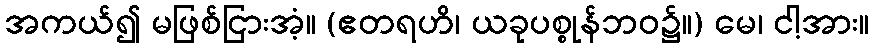
အကယ်၍ မဖြစ်ငြားအံ့။ (ဧတရဟိ၊ ယခုပစ္စုန်ဘဝ၌။) မေ၊ ငါ့အား။